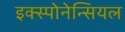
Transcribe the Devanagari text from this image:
इक्स्पोनेन्सियल